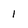
Character: 1